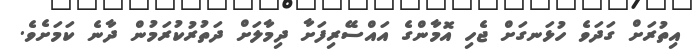
އިތުރަށް ގަދަވެ ހުޅަނގަށް ޖެހި އޮމާންގެ އައްސޭރިފަށާ ދިމާލަށް ދަތުރުކުރަމުން ދާނެ ކަމަށެވެ.